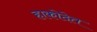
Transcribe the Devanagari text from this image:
हाकोदेत